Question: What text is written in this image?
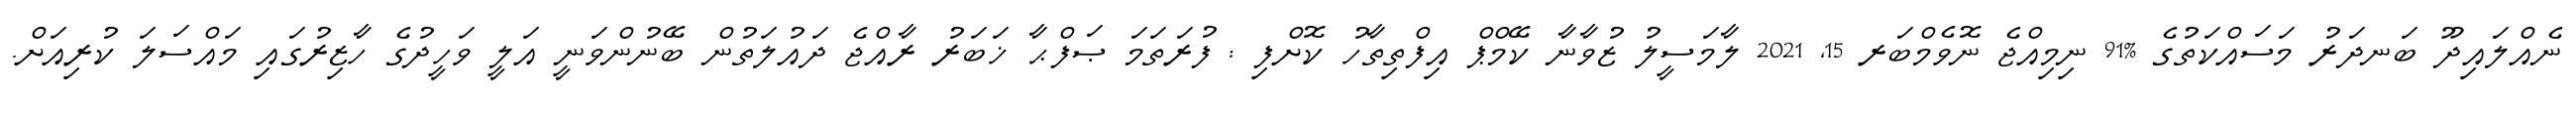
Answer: ނެއްލައިދޫ ބަނދަރު މަސައްކަތުގެ %91 ނިމިއްޖެ ނޮވެމްބަރ 15, 2021 ލާމަސީލު ޒުވާނާ ކޭމްޕް އިފްތިތާހު ކޮށްފި : ފުރަތަމަ ޞަފްޙާ ޚަބަރު ރާއްޖެ ދައުލަތުން ބޭނުންވަނީ އަލީ ވަހީދުގެ ހާޒިރުގައި މައްސަލަ ކުރިއަށް.